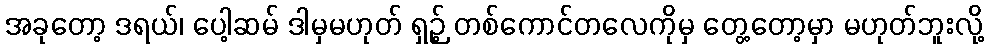
အခုတော့ ဒရယ်၊ ပေါ့ဆမ် ဒါမှမဟုတ် ရှဉ့် တစ်ကောင်တလေကိုမှ တွေ့တော့မှာ မဟုတ်ဘူးလို့